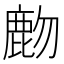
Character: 𪊖